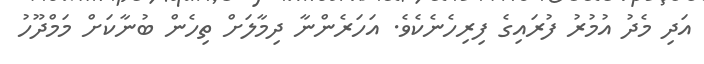
އަދި މެދު އުމުރު ފުރައިގެ ފިރިހެނެކެވެ. އަހަރެންނާ ދިމާލަށް ތިހެން ބުނާކަށް މަމްދޫހު